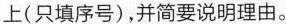
上(只填序号)，并简要说明理由。